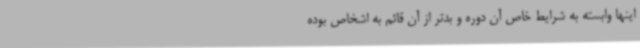
اینها وابسته به شرایط خاص آن دوره و بدتر از آن قائم به اشخاص بوده